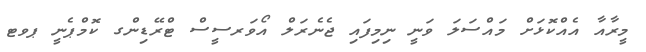
މީރާއާ އެއްކޮޅަށް މައްސަލަ ވަނީ ނިމިފައި ޖެނެރަލް އޯވަރސީސް ޓްރޭޑިންގ ކޮމްޕެނީ ޕވޓ